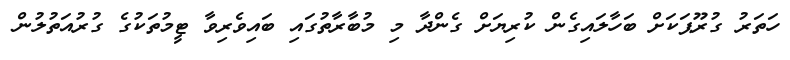
ހަތަރު ގުރޫޕަކަށް ބަހާލައިގެން ކުރިޔަށް ގެންދާ މި މުބާރާތުގައި ބައިވެރިވާ ޓީމުތަކުގެ ގުރުއަތުލުން